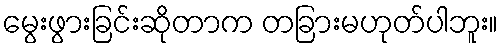
မွေးဖွားခြင်းဆိုတာက တခြားမဟုတ်ပါဘူး။